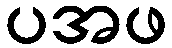
ပအဖ